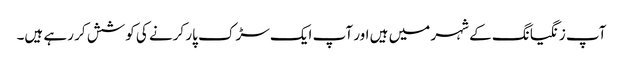
آپ زنگیانگ کے شہر میں ہیں اور آپ ایک سڑک پار کرنے کی کوشش کر رہے ہیں۔